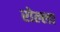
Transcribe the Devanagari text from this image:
रोल्ला